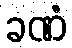
ခဏံ